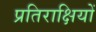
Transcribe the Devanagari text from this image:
प्रतिराक्षियों